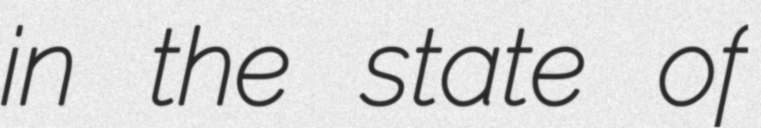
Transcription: in the state of